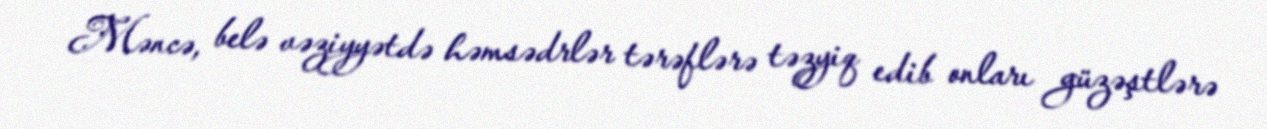
Məncə, belə vəziyyətdə həmsədrlər tərəflərə təzyiq edib onları güzəştlərə